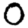
Digit: 0